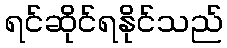
ရင်ဆိုင်ရနိုင်သည်